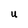
Character: U